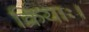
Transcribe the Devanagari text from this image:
क्रियाः।